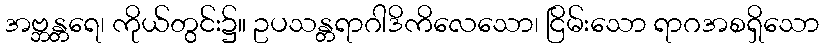
အဗ္ဘန္တရေ၊ ကိုယ်တွင်း၌။ ဥပသန္တရာဂါဒိကိလေသော၊ ငြိမ်းသော ရာဂအစရှိသော